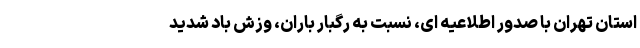
استان تهران با صدور اطلاعیه ای، نسبت به رگبار باران، وزش باد شدید